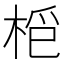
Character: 𣑿